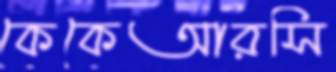
কেকেআরসি